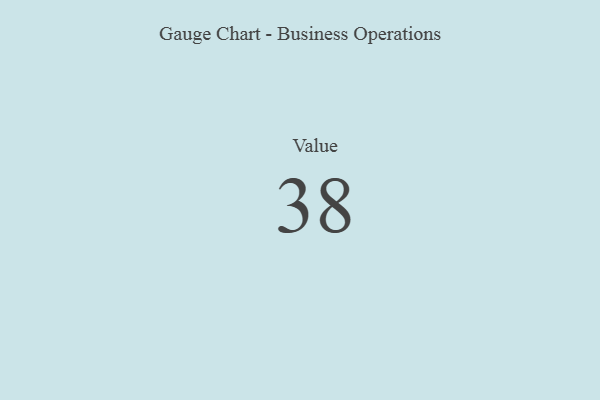
{"axis": {"x": "Metric", "y": "Value"}, "legend": [""], "data": [{"x": "Value", "y": 38, "type": ""}]}